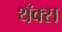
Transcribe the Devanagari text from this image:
थँक्स